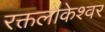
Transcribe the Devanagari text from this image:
रक्तलोकेश्वर